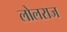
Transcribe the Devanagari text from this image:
लोलराज